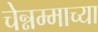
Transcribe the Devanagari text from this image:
चेन्नम्माच्या